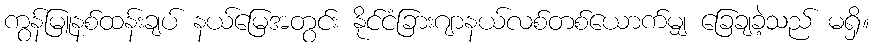
ကွန်မြူနစ်ထန်းချပ် နယ်မြေအတွင်း နိုင်ငံခြားဂျာနယ်လစ်တစ်ယောက်မျှ ခြေချခဲ့သည် မရှိ။